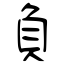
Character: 負